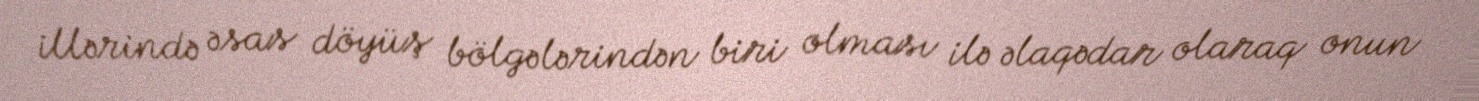
illərində əsas döyüş bölgələrindən biri olması ilə əlaqədar olaraq onun